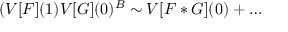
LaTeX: ( V [ F ] ( 1 ) V [ G ] ( 0 ) ^ { B } \sim V [ F * G ] ( 0 ) + \dots